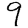
Digit: 9